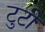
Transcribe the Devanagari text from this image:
टुटी